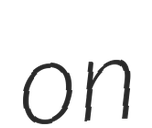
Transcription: on